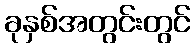
ခုနှစ်အတွင်းတွင်